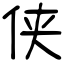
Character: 侠